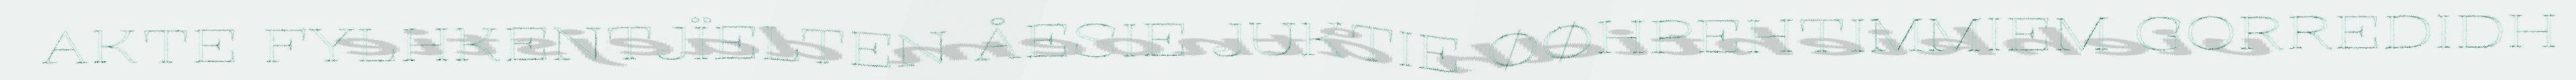
AKTE FYLHKENTJÏELTEN ÅESIE JUKTIE ØØHPEHTIMMIEM GORREDIDH